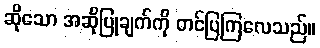
ဆိုသော အဆိုပြုချက်ကို တင်ပြကြလေသည်။